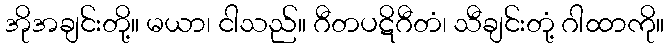
အိုအချင်းတို့။ မယာ၊ ငါသည်။ ဂီတပဋိဂီတံ၊ သီချင်းတုံ့ ဂါထာကို။